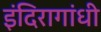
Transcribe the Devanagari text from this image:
इंदिरागांधी